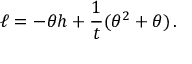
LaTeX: \ell = - \theta h + \frac { 1 } { t } ( \theta ^ { 2 } + \theta ) \, .